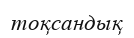
тоқсандық